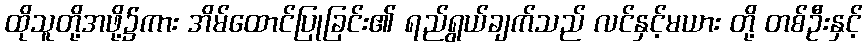
ထိုသူတို့အဖို့၌ကား အိမ်ထောင်ပြုခြင်း၏ ရည်ရွယ်ချက်သည် လင်နှင့်မယား တို့ တစ်ဦးနှင့်